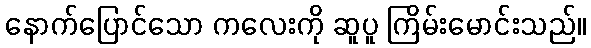
နောက်ပြောင်သော ကလေးကို ဆူပူ ကြိမ်းမောင်းသည်။